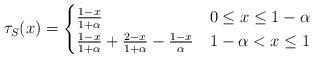
LaTeX: \begin{align*} \tau_S(x) = \begin{cases} \frac{1-x}{1+\alpha} & 0 \leq x \leq 1-\alpha \\ \frac{1-x}{1+\alpha} + \frac{2-x}{1+\alpha}-\frac{1-x}{\alpha} & 1-\alpha <x\leq 1 \end{cases} \end{align*}